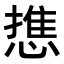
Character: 𭞓